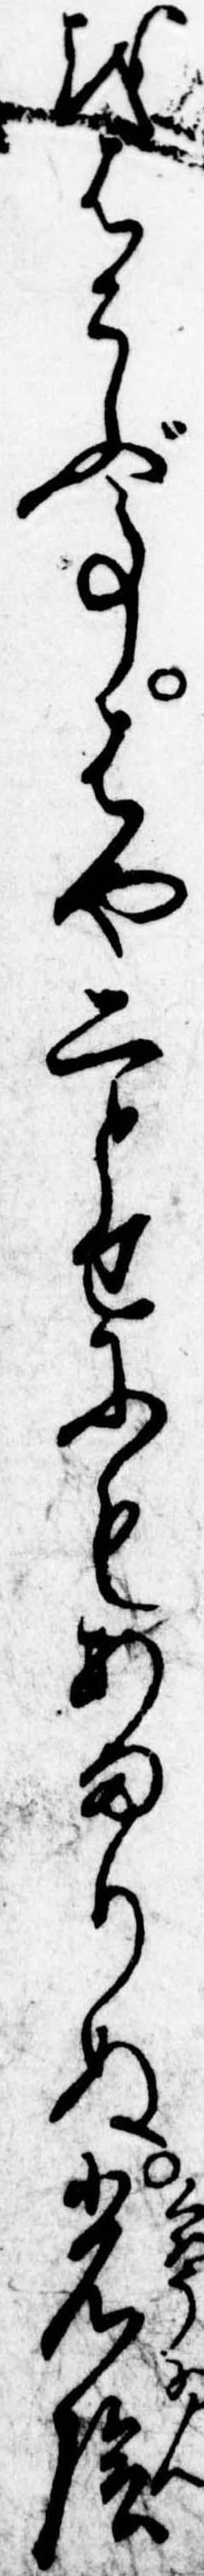
をはこぶ事はや二とせにもあまりぬ光陰